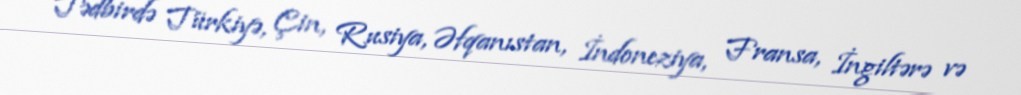
Tədbirdə Türkiyə, Çin, Rusiya, Əfqanıstan, İndoneziya, Fransa, İngiltərə və